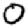
Digit: 0